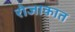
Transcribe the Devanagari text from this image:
रोजाकात